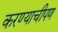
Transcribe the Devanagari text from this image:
करण्याचीपण